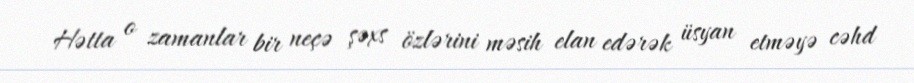
Hətta o zamanlar bir neçə şəxs özlərini məsih elan edərək üsyan etməyə cəhd